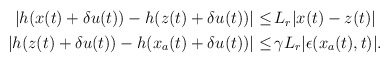
\begin{align*}\begin{aligned}|h(x(t)+\delta u(t))-h(z(t)+\delta u(t))| \le &\, L_r |x(t)-z(t)|\\|h(z(t)+\delta u(t))-h(x_a(t)+\delta u(t))|\le & \,\gamma L_r |\epsilon(x_a(t),t)|.\end{aligned}\end{align*}